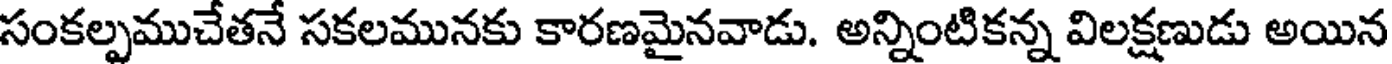
సంకల్పముచేతనే సకలమునకు కారణమైనవాడు. అన్నింటికన్న విలక్షణుడు అయిన